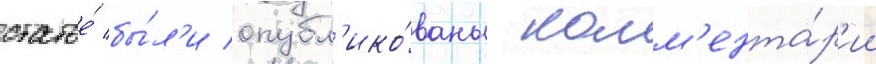
статье́ бы́л'и опубл'ико́ваны комм'ента́р'ии